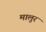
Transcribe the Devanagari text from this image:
मालुर